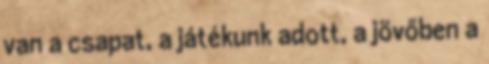
van a csapat, a játékunk adott, a jövőben a